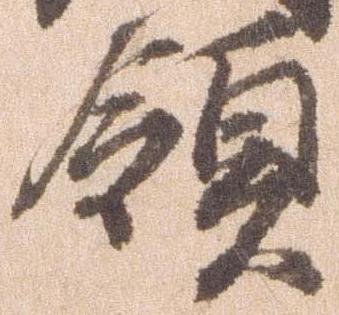
領